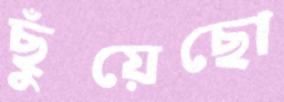
ছুঁয়েছো